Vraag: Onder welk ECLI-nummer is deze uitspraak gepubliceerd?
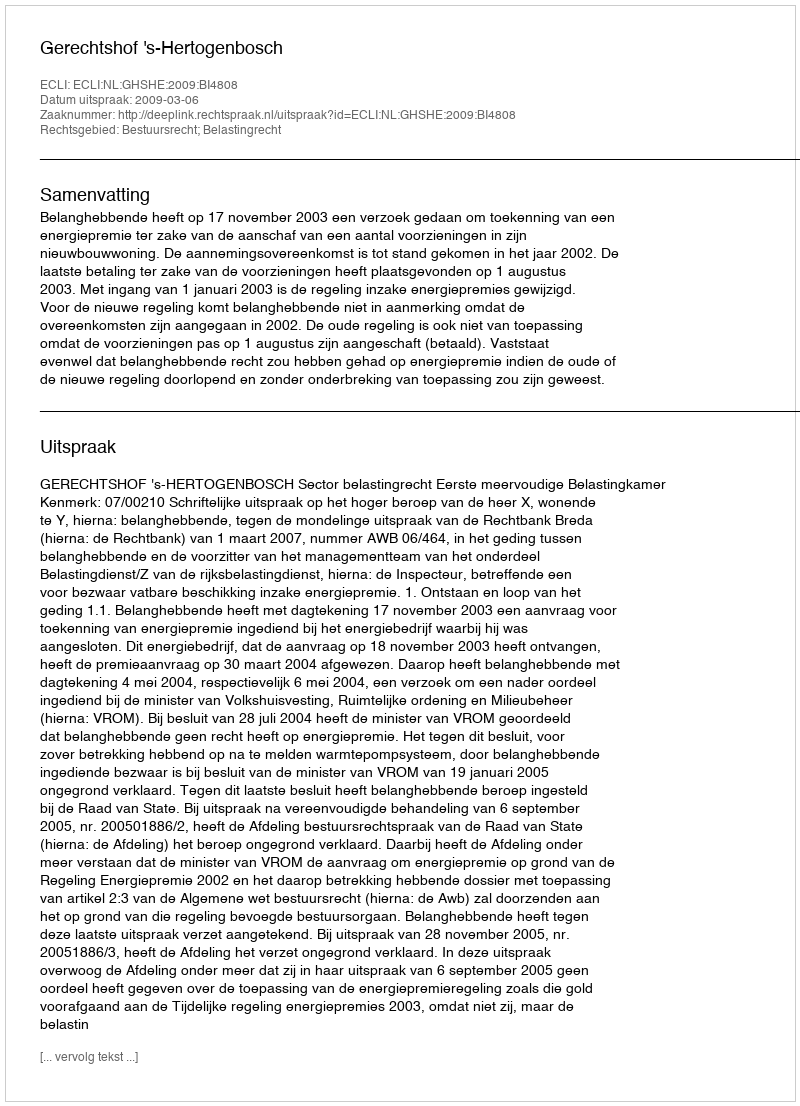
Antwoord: ECLI:NL:GHSHE:2009:BI4808